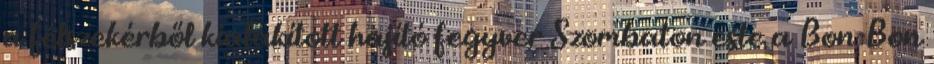
a félszekérből kialakított hajító fegyver Szombaton este a Bon-Bon